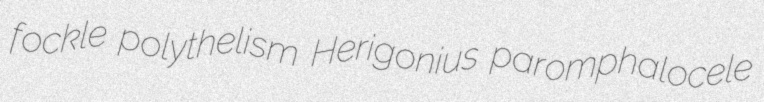
fockle polythelism Herigonius paromphalocele